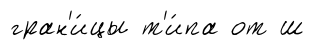
гран'и́цы т'и́па от ш